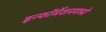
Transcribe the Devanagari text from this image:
इन्फॉर्मेशनमध्ये